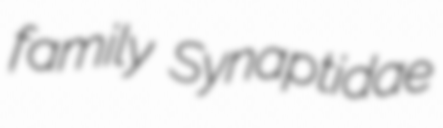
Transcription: family Synaptidae